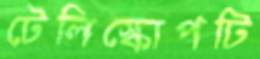
টেলিস্কোপটি